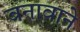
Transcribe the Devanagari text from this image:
बनावाने